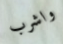
واشرب